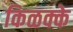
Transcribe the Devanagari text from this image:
किळक्के